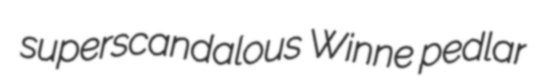
superscandalous Winne pedlar